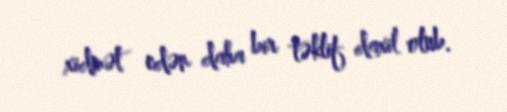
xidmət edən daha bir təklif daxil olub.